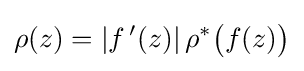
\rho (z)=|f\,'(z)|\,\rho ^{*}{\bigl (}f(z){\bigr )}